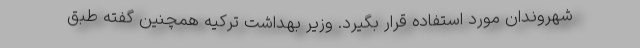
شهروندان مورد استفاده قرار بگیرد. وزیر بهداشت ترکیه همچنین گفته طبق